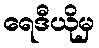
ရေဒီယိုမှ